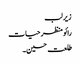
زیر لب
رائو منظر حیات
طلعت حسین۔